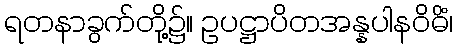
ရတနာခွက်တို့၌။ ဥပဋ္ဌာပိတအန္နပါနဝိဓိံ၊